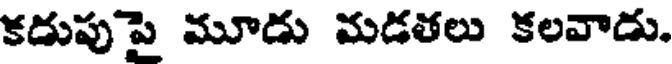
కడుపుపై మూడు మడతలు కలవాడు.